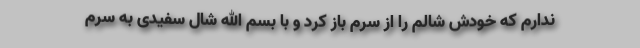
ندارم که خودش شالم را از سرم باز کرد و با بسم الله شال سفیدی به سرم